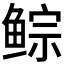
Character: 𱇾